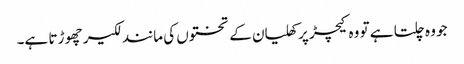
جو وہ چلتا ہے تو وہ کیچڑ پر کھلیان کے تختوں کی مانند لکیر چھو ڑتا ہے۔